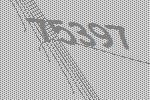
75397